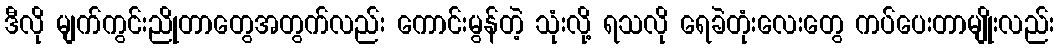
ဒီလို မျက်ကွင်းညိုတာတွေအတွက်လည်း ကောင်းမွန်တဲ့ သုံးလို့ ရသလို ရေခဲတုံးလေးတွေ ကပ်ပေးတာမျိုးလည်း